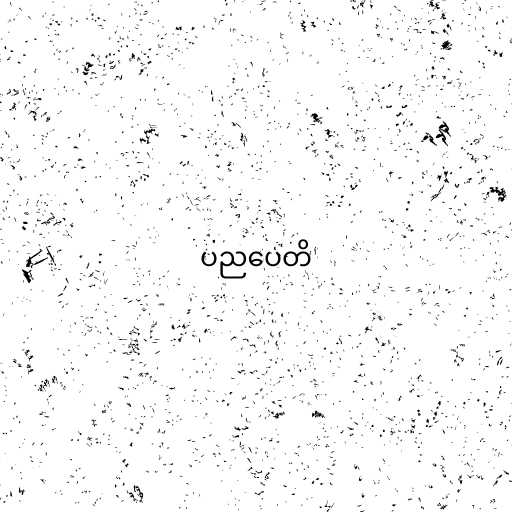
ပညပေတိ